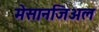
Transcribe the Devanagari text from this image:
मेसानजिअल